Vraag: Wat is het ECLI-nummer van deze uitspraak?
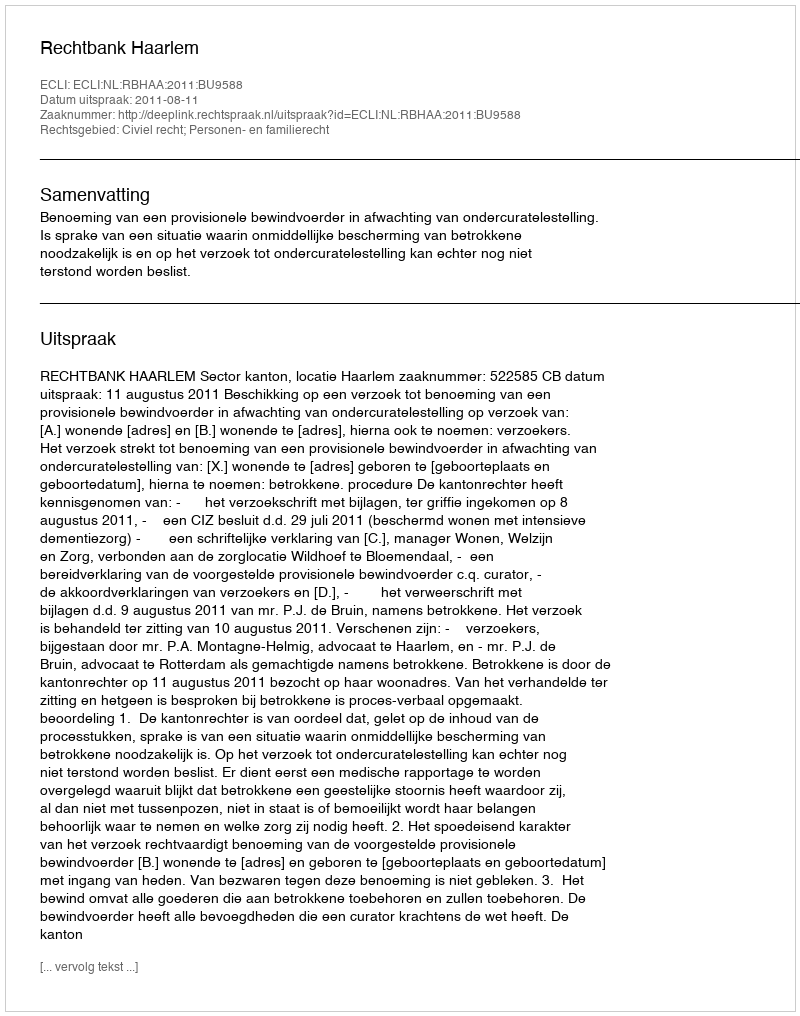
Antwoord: ECLI:NL:RBHAA:2011:BU9588